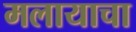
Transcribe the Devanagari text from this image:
मलायाचा